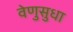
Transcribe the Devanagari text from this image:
वेणुसुधा